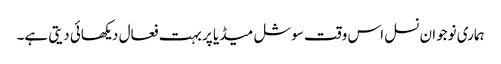
ہماری نوجوان نسل اس وقت سوشل میڈیا پر بہت فعال دیکھائی دیتی ہے۔